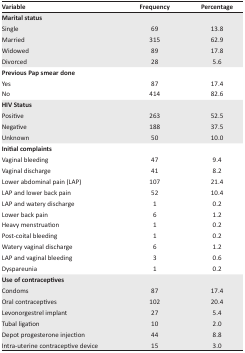
| Variable | Frequency | Percentage |
 | --- | --- | --- |
 | <COLSPAN=3> Marital status |
 | Single | 69 | 13.8 |
 | Married | 315 | 62.9 |
 | Widowed | 89 | 17.8 |
 | Divorced | 28 | 5.6 |
 | <COLSPAN=3> Previous Pap smear done |
 | Yes | 87 | 17.4 |
 | No | 414 | 82.6 |
 | <COLSPAN=3> HIV Status |
 | Positive | 263 | 52.5 |
 | Negative | 188 | 37.5 |
 | Unknown | 50 | 10.0 |
 | <COLSPAN=3> Initial complaints |
 | Vaginal bleeding | 47 | 9.4 |
 | Vaginal discharge | 41 | 8.2 |
 | Lower abdominal pain (LAP) | 107 | 21.4 |
 | LAP and lower back pain | 52 | 10.4 |
 | LAP and watery discharge | 1 | 0.2 |
 | Lower back pain | 6 | 1.2 |
 | Heavy menstruation | 1 | 0.2 |
 | Post-coital bleeding | 1 | 0.2 |
 | Watery vaginal discharge | 6 | 1.2 |
 | LAP and vaginal bleeding | 3 | 0.6 |
 | Dyspareunia | 1 | 0.2 |
 | <COLSPAN=3> Use of contraceptives |
 | Condoms | 87 | 17.4 |
 | Oral contraceptives | 102 | 20.4 |
 | Levonorgestrel implant | 27 | 5.4 |
 | Tubal ligation | 10 | 2.0 |
 | Depot progesterone injection | 44 | 8.8 |
 | Intra-uterine contraceptive device | 15 | 3.0 |